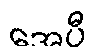
အေပီ